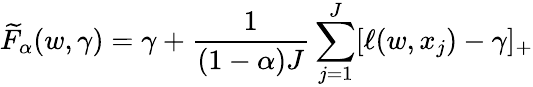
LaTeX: {\widetilde{F}}_{\alpha}(w,\gamma)=\gamma+{\frac{1}{(1-\alpha)J}}\sum_{j=1}^{J}[\ell(w,x_{j})-\gamma]_{+}